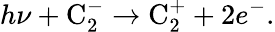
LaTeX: h\nu+\textrm{C}_{2}^{-}\to\textrm{C}_{2}^{+}+2e^{-}.